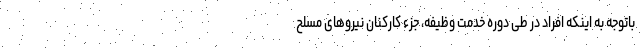
باتوجه به اینکه افراد در طی دوره خدمت وظیفه، جزء کارکنان نیروهای مسلح